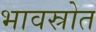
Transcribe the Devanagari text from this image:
भावस्रोत